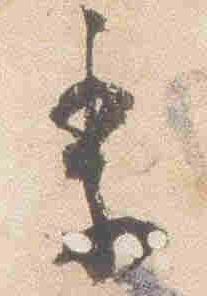
季